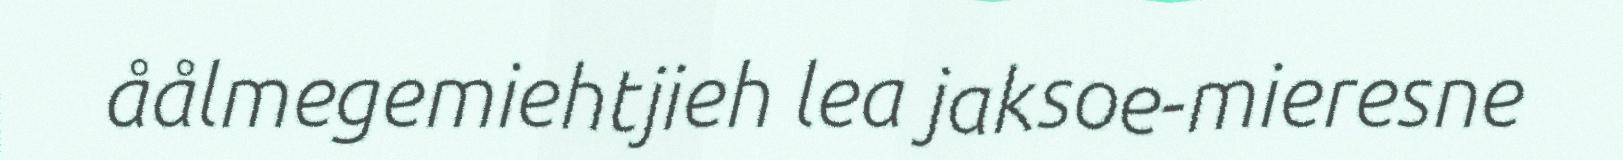
åålmegemiehtjieh lea jaksoe-mieresne